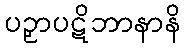
ပဉှာပဋိဘာနာနိ